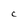
Character: C